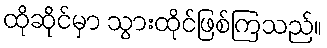
ထိုဆိုင်မှာ သွားထိုင်ဖြစ်ကြသည်။